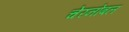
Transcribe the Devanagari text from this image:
चेरनोबल